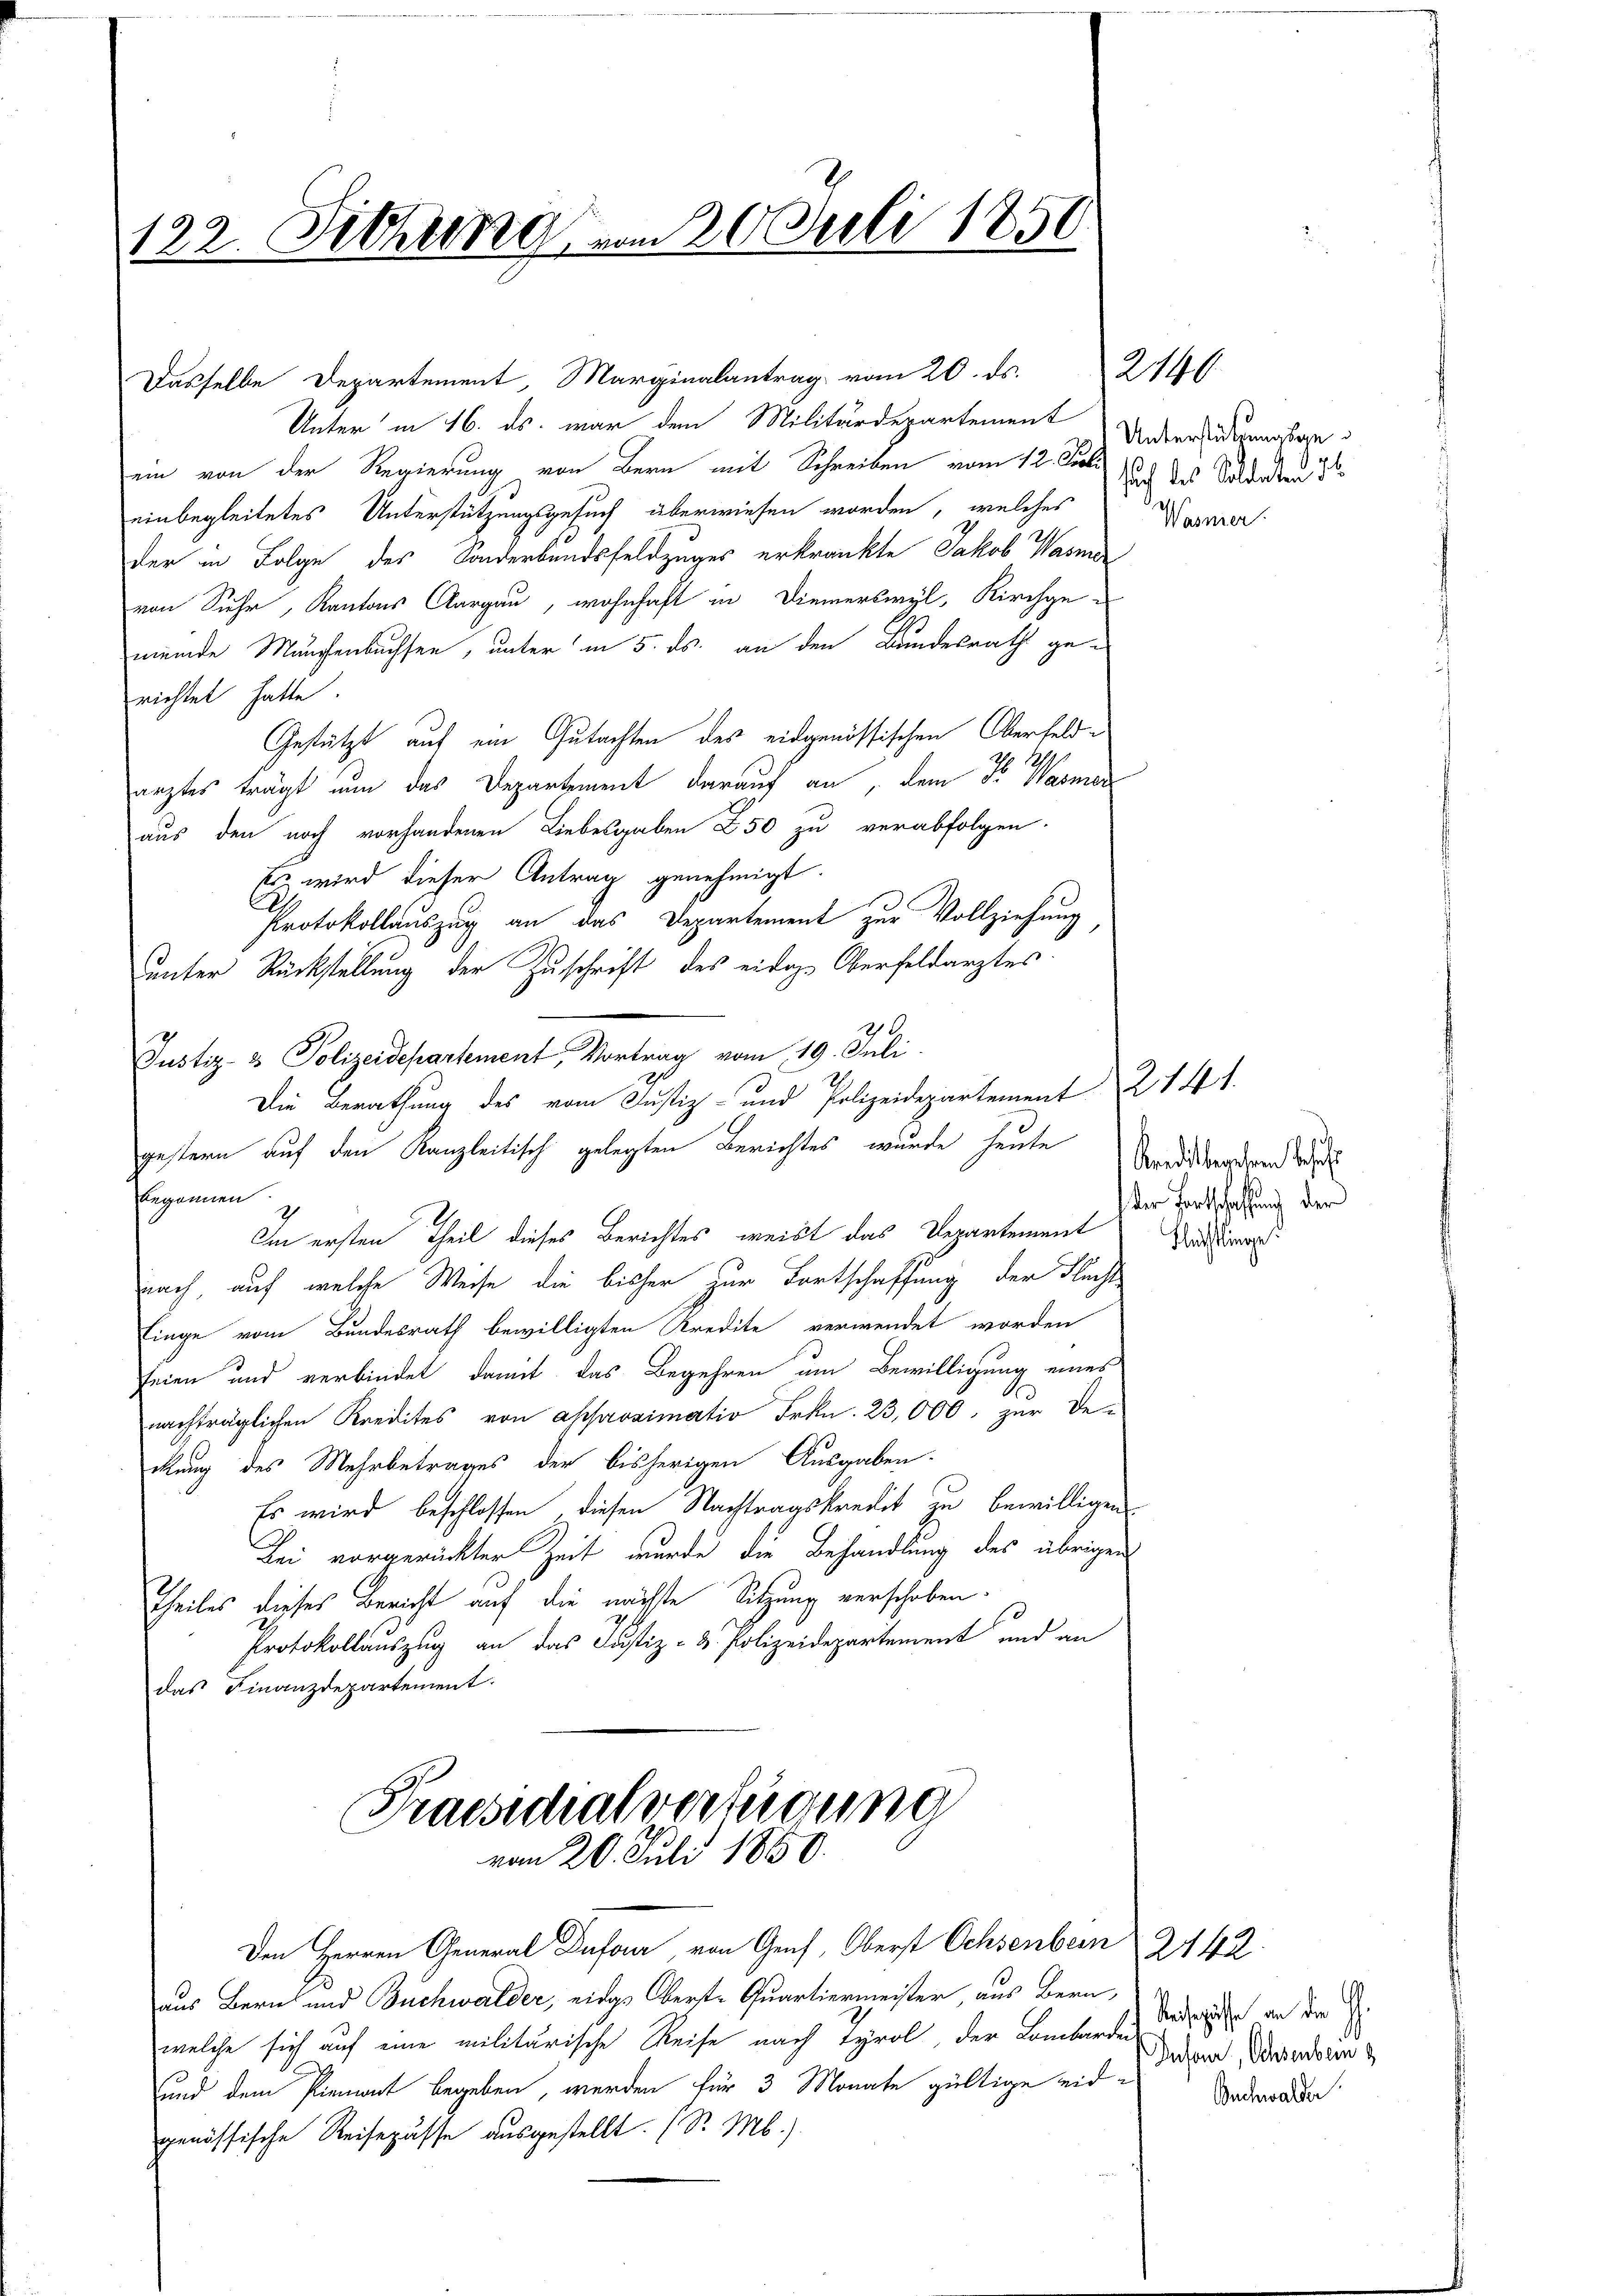
122. Febr 1891 vom 20. Juli 1850.

Unter in 16. ds. war den Militärdepartement Untersu
ein von der Regierung von Bern mit Schreiben vom 12. Jul. Nach des Soldaten 3
einbegleitetes Unterstützungsgesuch überwiesen worden, welches
der in Folge des Sonderbundsfeldzuges erkränkte Jakob Warner
von Suhr, Kantons Aargau, wohnhaft in Diemerkwyl, Kirchge-
meinde Manchenbuchsen, unter in 5. ds. an den Bundesrath gerichtet hatte
Gestützt auf ein Gutachten des eidgenössischen Oberfeld¬
109
ärztes trägt nun das Departement darauf an, dem Fr. Wasmer
aus den noch vorhandenen Liebesgaben 250 zu verabfolgen.
Es wird dieser Antrag genehmigt.
Protokollauszug an das Departement zur Vollziehung
unter Rückstellung der Zuschrift des eidige Oberfeldarztes
Justiz- & Polizeidepartement, Vortrag vom 19. Juli.
Die Berathung des vom Justiz- und Polizeidepartement Z 141.
gestern auf den Kanzleitisch gelegten Berichtes wurde heute
begannen
Im ersten Theil dieses Berichtes weist das Departement
nach, auf welche Weise die bisher zur Fortschaffung der Flacht
Einge vom Bundesrath bewilligten Kredite verwendet worden
seien und verbindet, damit das Begehren am Bewilligung eines
nachträglichen Kredites von approximatio Frkn. 23,000. zur De-
klung des Mehrbetrages der bisherigen Ausgaben.
Es wird beschlossen, diesen Nachtragskredit zu bewilligen
Bei vorgerückter Zeit wurde die Behandlung des übrigen
Theiles dieses Bericht auf die nächste Sitzung verschoben.
Protokollauszug an das Justiz- & Polizeidepartement und an
das Finanzdepartement.

Praesidialverfügung
vom 20. Juli 1850.

Dasselbe Departement, Marginalantrag vom 20. ds.

Den Herren General Dufour, von Genf, Oberst Ochsenbern 2442.
aus Bern und Buchwalder, eidgs Oberst-Quartiermeister, aus Bern,
welche sich auf eine militärische Reise nach Tyrol, der Lombarden
und dem Piemont begeben, werden für 3 Monate gültige eid-
genössische Reisepässe ausgestellt. (S. M.).

Wasner

Kreditbegehren besetzt
der Fortschaffung der

2140

Flüchtlinge.

Reisepässe an die G.
Dufour, Ochsenbein z
Buchwalder